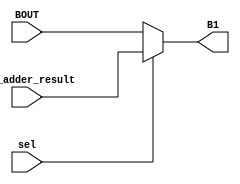
module B1_mux #(parameter WIDTH = 18)
(
	input wire  [WIDTH-1:0] pre_adder_result,
	input wire  [WIDTH-1:0] BOUT,
	input wire 			    sel,
	output wire [WIDTH-1:0] B1
);

	assign B1 = (~sel) ? BOUT : pre_adder_result ;
endmodule